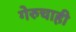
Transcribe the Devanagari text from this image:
गेरुचाही